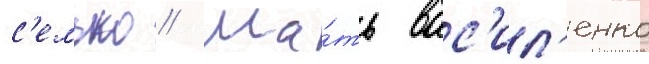
с'емью // Ма́ть вас'ил'енко